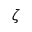
\zeta